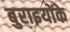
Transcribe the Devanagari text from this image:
बुराइयोंके